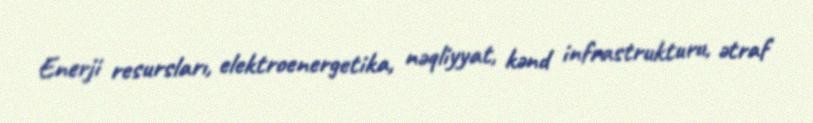
Enerji resursları, elektroenergetika, nəqliyyat, kənd infrastrukturu, ətraf